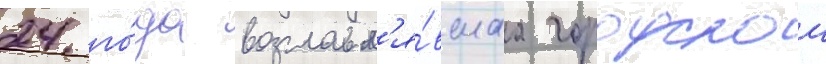
24 го́да возглавл'я́вшаа городскои